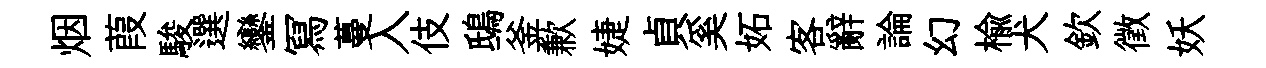
烟葭駿選鑾冩蔓入伎鴟釜歉婕貞奚妬客辭論幻楡犬欽徵妖